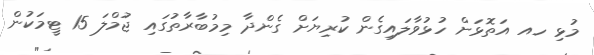
މުޅި ހއ އަތޮޅަށް ހުޅުވާލައިގެން ކުރިޔަށް ގެންދާ މިމުބާރާތުގައި ޖުމްލަ 15 ޓީމަކުން